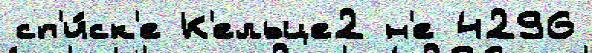
сп'и́ск'е К'ельце2 н'е 4296